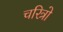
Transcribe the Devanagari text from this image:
चरित्रो